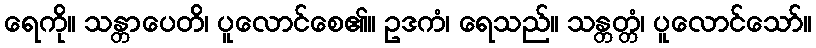
ရေကို။ သန္တာပေတိ၊ ပူလောင်စေ၏။ ဥဒကံ၊ ရေသည်။ သန္တတ္တံ၊ ပူလောင်သော်။